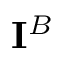
{ \bf \cal I } ^ { B }